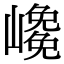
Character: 𡽡